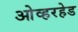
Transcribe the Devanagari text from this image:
ओव्हरहेड